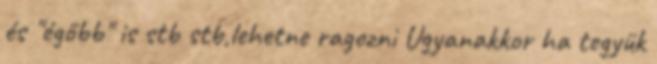
és "égőbb" is stb stb,lehetne ragozni Ugyanakkor ha tegyük